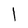
Character: 1